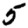
Digit: 5